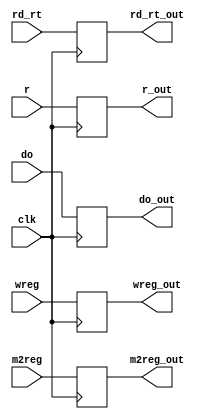
module MEM_WB(wreg, m2reg, rd_rt, r, do, wreg_out, m2reg_out, rd_rt_out, r_out, do_out, clk);
    input wire wreg, m2reg;
    output reg wreg_out, m2reg_out;
    input wire [4:0] rd_rt; 
    output reg [4:0] rd_rt_out;
    input wire [31:0] r, do;
    output reg [31:0] r_out, do_out;
    input clk;
    
    always @ (posedge clk)
    begin
        wreg_out <= wreg;
        m2reg_out <= m2reg;
        rd_rt_out <= rd_rt;
        r_out <= r;
        do_out <= do;
    end
endmodule